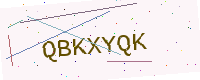
Text: QBKXYQK